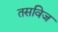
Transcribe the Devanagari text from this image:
तसविज